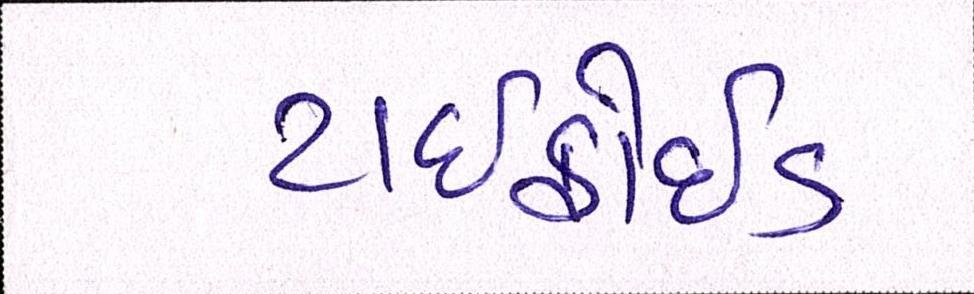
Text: ટાઇફોઇડ